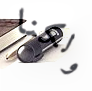
ولكنا